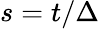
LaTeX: s=t/\Delta